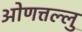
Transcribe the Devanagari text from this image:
ओणत्तल्लु